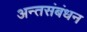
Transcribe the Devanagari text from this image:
अन्तसंबंधन